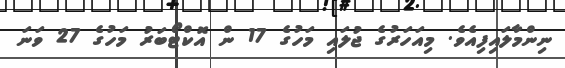
ނިންމާލައިފިއެވެ. މިއަހަރުގެ ޖުލައި މަހުގެ 17 ން އޮކްޓޯބަރު މަހުގެ 27 ވަނަ